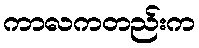
ကာလကတည်းက